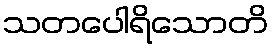
သတပေါရိသောတိ